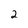
Character: 2